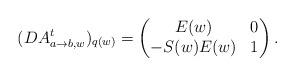
LaTeX: \begin{align*}(DA_{a\to b,w}^t)_{q(w)}=\begin{pmatrix}E(w) &0\\-S(w)E(w) &1\end{pmatrix}.\end{align*}